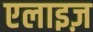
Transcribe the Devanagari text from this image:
एलाइज़